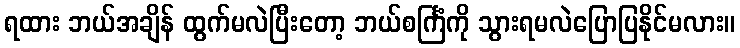
ရထား ဘယ်အချိန် ထွက်မလဲပြီးတော့ ဘယ်စင်္ကြံကို သွားရမလဲပြောပြနိုင်မလား။